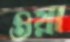
ওয়া